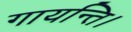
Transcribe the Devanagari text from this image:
गायन्ति।